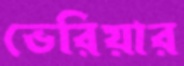
ভেরিয়ার